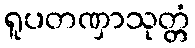
ရူပတဏှာသုတ္တံ